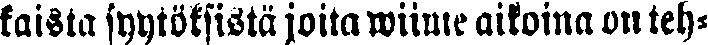
kaista syytöksistä joita wiime aikoina on teh-